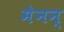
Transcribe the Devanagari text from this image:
मेनन्